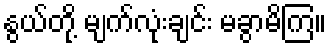
နွယ်တို့ မျက်လုံးချင်း မခွာမိကြ။